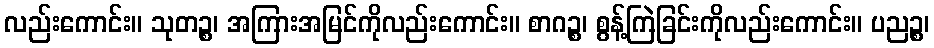
လည်းကောင်း။ သုတဉ္စ၊ အကြားအမြင်ကိုလည်းကောင်း။ စာဂဉ္စ၊ စွန့်ကြဲခြင်းကိုလည်းကောင်း။ ပညဉ္စ၊